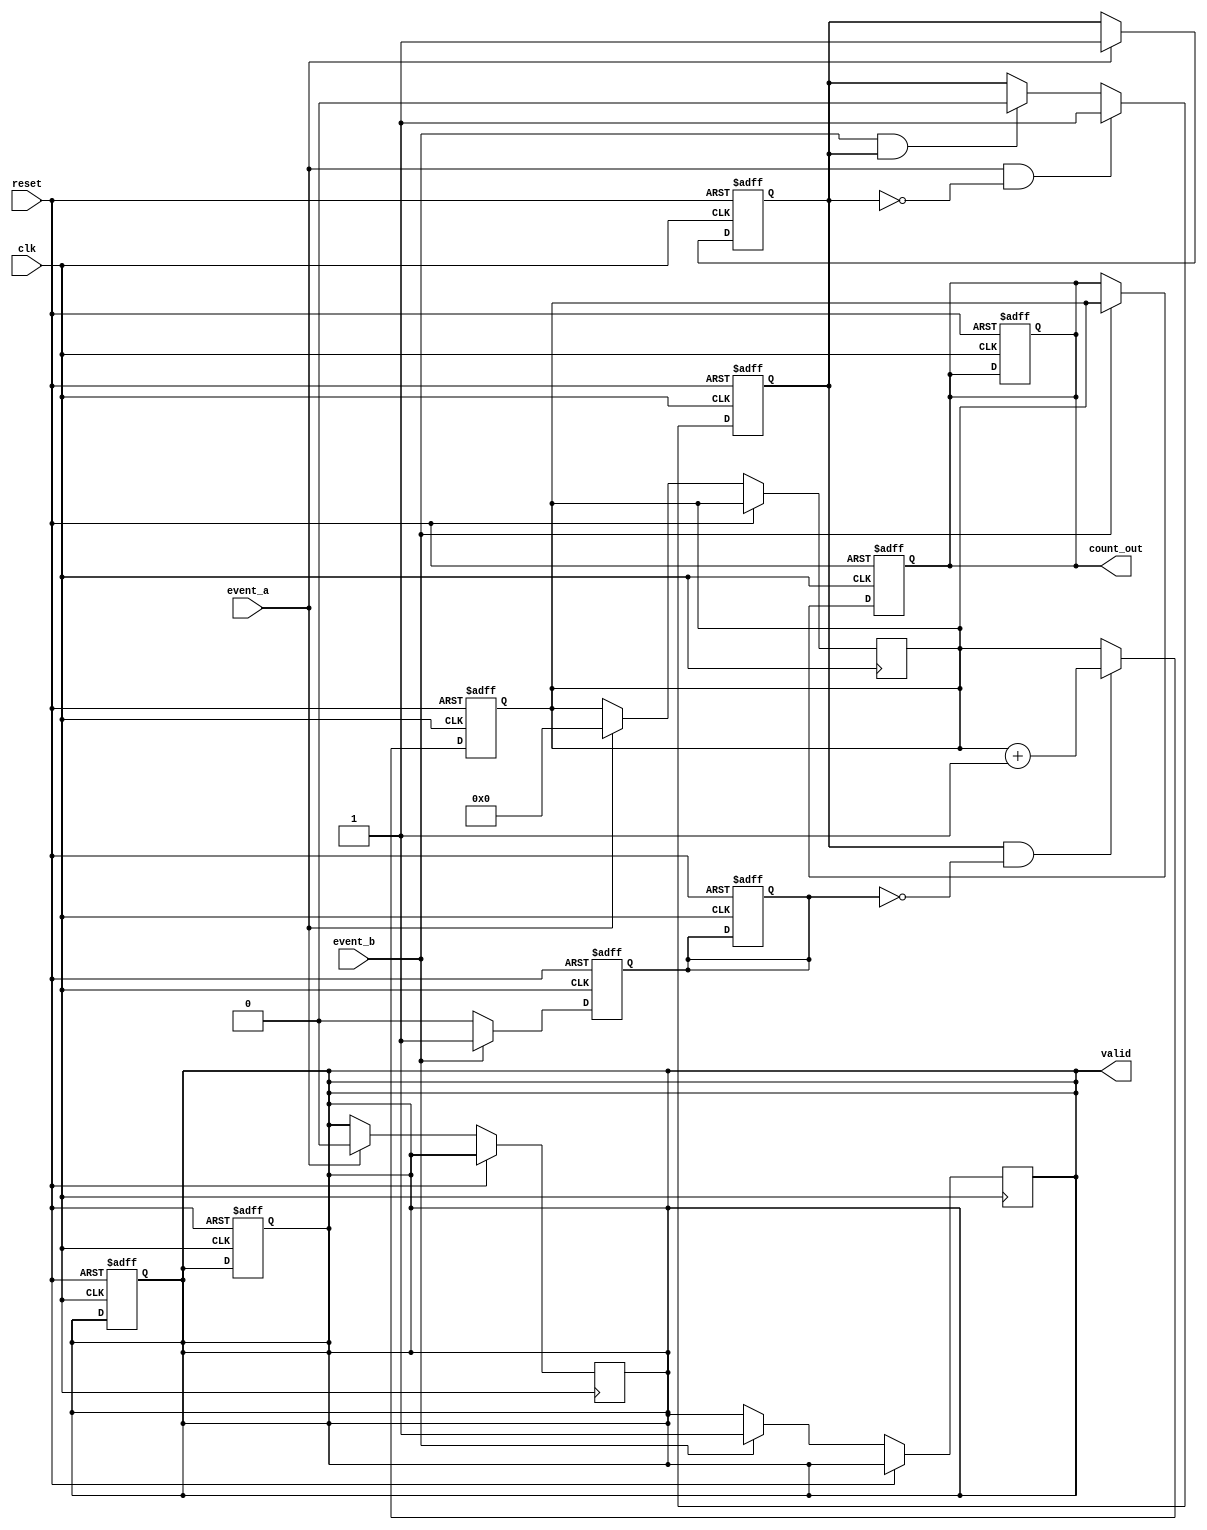
module TDC (
    input wire clk,              // High-frequency clock signal
    input wire reset,            // Reset signal
    input wire event_a,          // Input event A
    input wire event_b,          // Input event B
    output reg [15:0] count_out, // Output count value (adjust size as necessary)
    output reg valid             // Output valid signal
);

    reg [15:0] counter;          // Counter for clock cycles
    reg event_a_detected;        // Flag for event A detection
    reg event_b_detected;        // Flag for event B detection

    // Event A rising edge detection
    always @(posedge clk or posedge reset) begin
        if (reset) begin
            event_a_detected <= 1'b0;
        end else if (event_a) begin
            event_a_detected <= 1'b1;
            counter <= 16'b0;     // Initialize counter on event A
            valid <= 1'b0;        // Reset valid flag
        end
    end

    // Counter logic
    always @(posedge clk or posedge reset) begin
        if (reset) begin
            counter <= 16'b0;     // Reset counter
            valid <= 1'b0;        // Reset valid flag
        end else if (event_a_detected && !event_b_detected) begin
            counter <= counter + 1; // Increment counter on clock cycles
        end
    end

    // Event B rising edge detection
    always @(posedge clk or posedge reset) begin
        if (reset) begin
            event_b_detected <= 1'b0;
            count_out <= 16'b0;   // Reset output count
        end else if (event_b) begin
            event_b_detected <= 1'b1;
            count_out <= counter;  // Store count on event B
            valid <= 1'b1;         // Set valid flag
        end else begin
            event_b_detected <= 1'b0; // Clear event B detected flag
        end
    end

    // Reset logic for event A detection
    always @(posedge clk or posedge reset) begin
        if (reset) begin
            event_a_detected <= 1'b0;
            event_b_detected <= 1'b0;
            count_out <= 16'b0;
            valid <= 1'b0;
        end else if (event_a && !event_a_detected) begin
            event_a_detected <= 1'b1; // Set flag when event A occurs
        end else if (event_b && event_a_detected) begin
            event_a_detected <= 1'b0; // Clear flag after event B occurs
        end
    end

endmodule